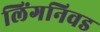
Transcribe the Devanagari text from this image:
लिंगनिवड